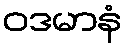
ဝဒမာနံ